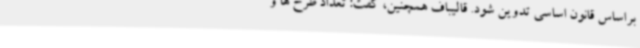
براساس قانون اساسی تدوین شود. قالیباف همچنین، گفت: تعداد طرح ها و